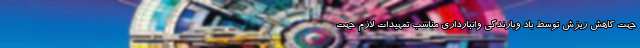
جهت کاهش ریزش توسط باد وبارندگی وانبارداری مناسب تمهیدات لازم جهت